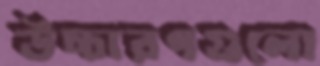
উচ্চারণগুলো